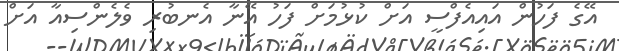
އޭގެ ފަހުން އައިއެފްސީ އަށް ކުޅުމަށް ފަހު އޭނާ އެނބުރި ވެލެންސިއާ އަށް